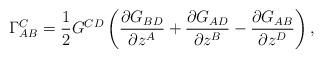
LaTeX: \begin{align*}\Gamma^C_{AB}=\frac{1}{2}G^{CD}\left(\frac{\partial G_{BD}}{\partial z^A}+\frac{\partial G_{AD}}{\partial z^B}-\frac{\partial G_{AB}}{\partial z^D}\right),\end{align*}